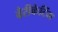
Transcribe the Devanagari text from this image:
बैरीकेटिंग